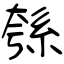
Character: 綔